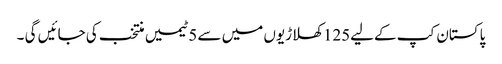
پاکستان کپ کےلیے125 کھلاڑیوں میں سے 5 ٹیمیں منتخب کی جائیں گی ۔